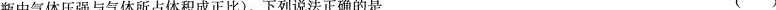
瓶中气体压强与气体所占体积成正比)。下列说法正确的是 ()